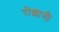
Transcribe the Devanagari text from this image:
रोशानी